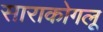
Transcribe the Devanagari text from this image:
साराकोगलू